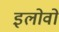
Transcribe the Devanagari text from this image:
इलोवो